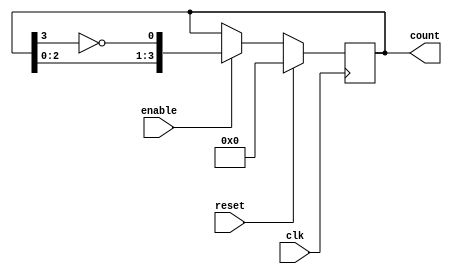
module modified_johnson_counter (
    input wire clk,           // Clock input
    input wire reset,         // Synchronous reset
    input wire enable,        // Enable signal
    output reg [3:0] count    // 4-bit output representing the counter state
);

// Always block triggered on the rising edge of the clock
always @(posedge clk) begin
    if (reset) begin
        // Reset the counter to 0000
        count <= 4'b0000;
    end else if (enable) begin
        // Modified Johnson Counter logic
        // Shift left and feedback the inverted last bit
        count <= {count[2:0], ~count[3]};
    end
end

endmodule